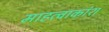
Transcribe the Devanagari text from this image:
माहत्वाकांश